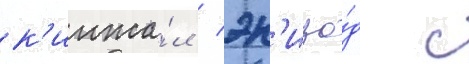
к'инжа́л / эп'изо́д с